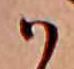
ハ